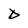
Character: d